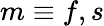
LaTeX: m\equiv f,s